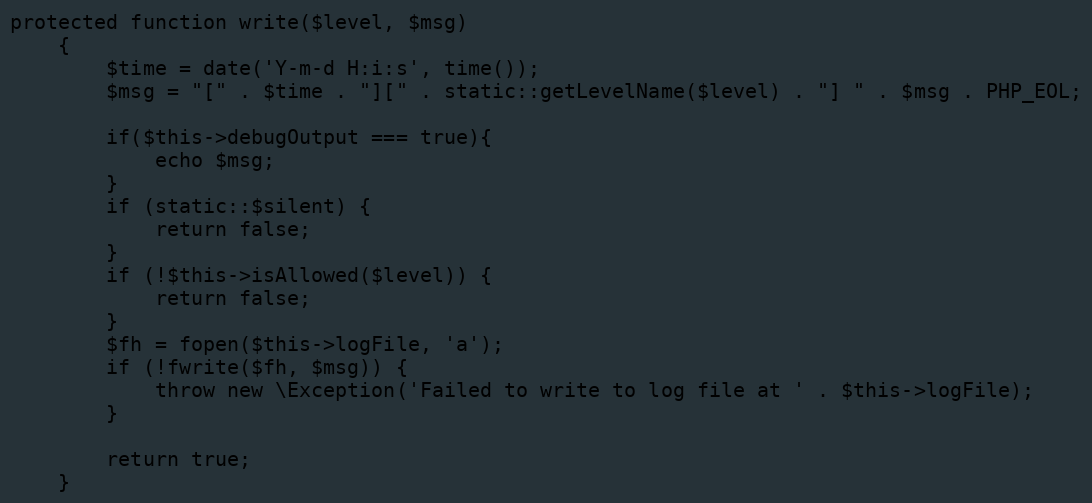
Language: PHP
protected function write($level, $msg)
    {
        $time = date('Y-m-d H:i:s', time());
        $msg = "[" . $time . "][" . static::getLevelName($level) . "] " . $msg . PHP_EOL;

        if($this->debugOutput === true){
            echo $msg;
        }
        if (static::$silent) {
            return false;
        }
        if (!$this->isAllowed($level)) {
            return false;
        }
        $fh = fopen($this->logFile, 'a');
        if (!fwrite($fh, $msg)) {
            throw new \Exception('Failed to write to log file at ' . $this->logFile);
        }

        return true;
    }